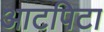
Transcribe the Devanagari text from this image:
आटपिटा